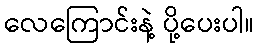
လေကြောင်းနဲ့ ပို့ပေးပါ။